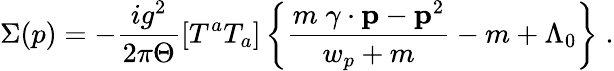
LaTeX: \Sigma(p)=-\frac{ig^{2}}{2\pi\Theta}[T^{a}T_{a}]\left\{ \frac{m\; {\mathbf\gamma}\cdot{\mathbf p}-{\mathbf p}^{2}}{w_{p}+m}-m+\Lambda_{0}\right\} \; .